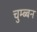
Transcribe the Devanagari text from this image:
चुम्ब्बन